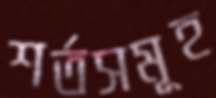
শর্তসমূহ